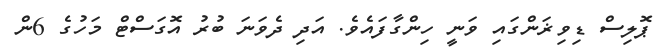
ޕޮލިސް ޑިވިޜަންގައި ވަނީ ހިންގާފައެވެ. އަދި ދެވަނަ ބުރު އޮގަސްޓް މަހުގެ 6ން